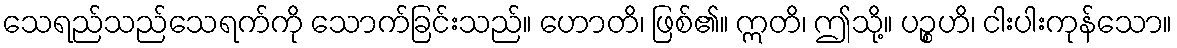
သေရည်သည်သေရက်ကို သောက်ခြင်းသည်။ ဟောတိ၊ ဖြစ်၏။ ဣတိ၊ ဤသို့။ ပဉ္စဟိ၊ ငါးပါးကုန်သော။